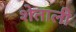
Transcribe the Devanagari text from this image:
शेताली